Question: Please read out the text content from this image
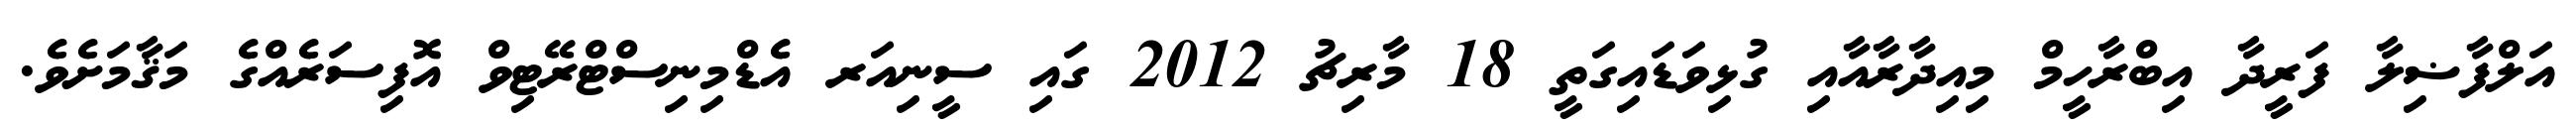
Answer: އަލްފާޟިލާ ފަރީދާ އިބްރާހީމް މިއިދާރާއާއި ގުޅިވަޑައިގަތީ 18 މާރިޗު 2012 ގައި ސީނިއަރ އެޑްމިނިސްޓްރޭޓިވް އޮފިސަރެއްގެ މަޤާމަށެވެ.